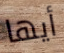
أيها